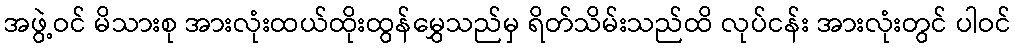
အဖွဲ့ဝင် မိသားစု အားလုံးထယ်ထိုးထွန်မွှေသည်မှ ရိတ်သိမ်းသည်ထိ လုပ်ငန်း အားလုံးတွင် ပါဝင်